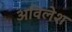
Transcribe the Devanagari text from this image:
अविलेश